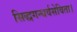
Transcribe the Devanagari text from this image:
सिद्धगन्धर्वसेविता।